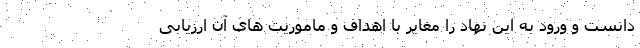
دانست و ورود به این نهاد را مغایر با اهداف و ماموریت های آن ارزیابی